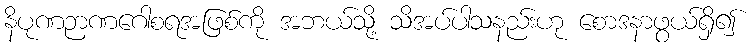
နိပုဏဉာဏဂေါစရအဖြစ်ကို အဘယ်သို့ သိအပ်ပါသနည်းဟု စောဒနာဖွယ်ရှိ၍